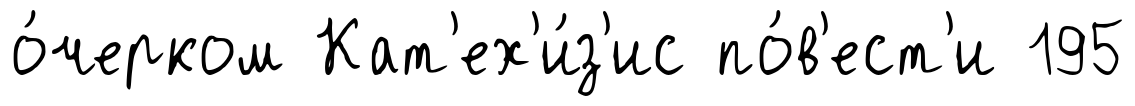
о́черком Кат'ех'и́з'ис по́в'ест'и 195